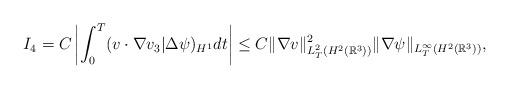
LaTeX: \begin{align*} I_4=C\left|\int^T_0 (v\cdot\nabla v_3|\Delta\psi)_{H^1}dt\right| \leq C\|\nabla v\|_{L^2_T(H^2(\mathbb{R}^3))}^2\|\nabla \psi\|_{L^\infty_T(H^2(\mathbb{R}^3))}, \end{align*}